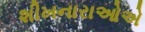
શીખનારાઓએ